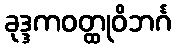
ခုဒ္ဒကဝတ္ထုဝိဘင်္ဂ